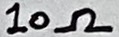
Text: 10kΩ